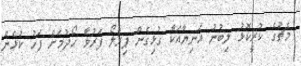
މެޗުގެ ކުރީކޮޅު ލިބުނު އަނިޔާއަކާ ގުޅިގެން ޕިރްލޯ ފަރުވާ ހޯދުމަށް ފަހު ކުޅެން